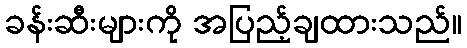
ခန်းဆီးများကို အပြည့်ချထားသည်။